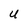
Character: U